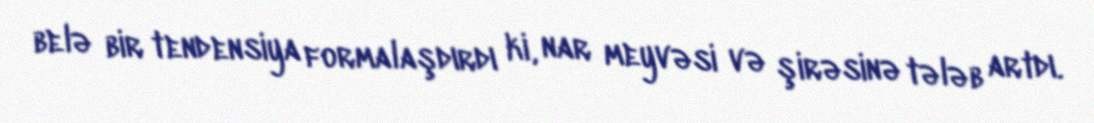
belə bir tendensiya formalaşdırdı ki, nar meyvəsi və şirəsinə tələb artdı.